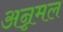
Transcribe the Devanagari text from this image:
अन्नमल